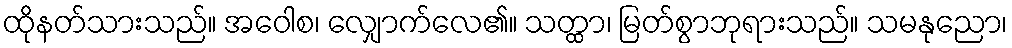
ထိုနတ်သားသည်။ အဝေါစ၊ လျှောက်လေ၏။ သတ္ထာ၊ မြတ်စွာဘုရားသည်။ သမနုညော၊